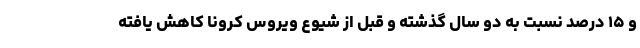
و ۱۵ درصد نسبت به دو سال گذشته و قبل از شیوع ویروس کرونا کاهش یافته